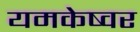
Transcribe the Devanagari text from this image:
यमकेष्वर